system: You are a helpful assistant.
user:
Analyze the provided spectrum to determine if it is a **M-type Giant (gM)**.

A M-type Giant spectrum is defined by its **strong molecular absorption** features, particularly from **Titanium Oxide (TiO)**. You must check for one of the following mutually exclusive signatures:

- **Key Visual Indicators (Absorption-Dominated Spectrum):**

    - **(Primary):** The spectrum is dominated by strong molecular absorption from **Titanium Oxide (TiO)**. This is the **defining feature** of its M-type temperature class.
        - **(Key Bandheads):** Look for sharp, "saw-tooth" absorption valleys. The strongest are located near **~7050 Å**, **~6160 Å**, and **~5170 Å**.
        - **(Line Profile):** The "saw-tooth" morphology is critical: a **sharp, steep drop on the BLUE (short-wavelength) side** of the bandhead, followed by a gradual recovery (rising flux) towards the RED (long-wavelength) side.

    - **(Key Confirmation - Giant vs. Dwarf):** **ABSENCE** of strong **Calcium Hydride (CaH)** molecular bands. This is the primary diagnostic for *excluding* M-dwarfs.
        - **(Key Region):** The spectrum should lack the strong, broad absorption band seen in dwarfs between **~6800 Å and ~7000 Å**.

    - **(Secondary Confirmation - Giant):** A very strong and broad **Neutral Calcium (Ca I)** atomic absorption line.
        - **(Key Line):** Located at **~4226 Å**. In a giant (gM), this line is significantly deeper and broader than the same line in an M-dwarf (dM) due to low surface gravity.

    - **(Overall Spectrum):**
        - The continuum is **extremely red-sloping** (i.e., flux is very low in the blue and rises dramatically towards the red).
        - The entire spectrum appears "chopped up" by the deep TiO bands.

Think first, call **spectral_visualization_tool** if needed to examine features in detail, then provide your final answer. Your response must adhere to the following strict rules:
1.  **Overall Structure:** Your response must follow the format `<think>...</think> <tool_call>...</tool_call> (if a tool is used) <answer>...</answer>`.
2.  **Tool Usage Constraint:** You may only make **one** tool call per turn.
3.  **Final Answer Format:** In the `<answer>` tag, your conclusion must be inside a `\boxed{}` command (e.g., `\boxed{YES}` or `\boxed{NO}`), followed by your justification.

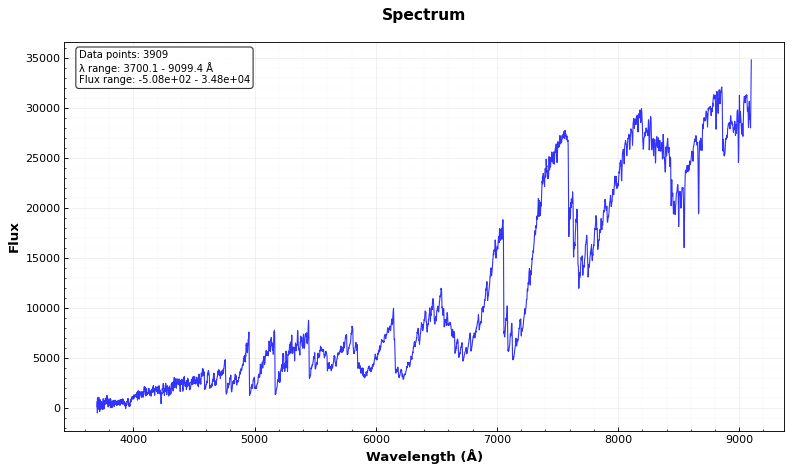
Answer: YES